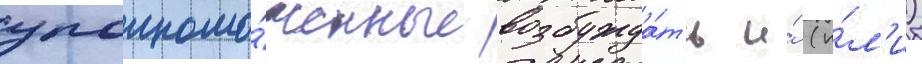
уполномо́ченные возбужда́ть и́ (и́л'и)